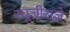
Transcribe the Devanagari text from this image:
रघूजीराजे